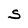
Character: S